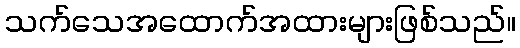
သက်သေအထောက်အထားများဖြစ်သည်။